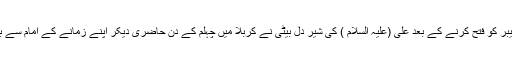
شام کے اعتقادی خیبر کو فتح کرنے کے بعد علی (علیہ السلام ) کی شیر دل بیٹی نے کربلا میں چہلم کے دن حاضری دیکر اپنے زمانے کے امام سے بیعت کی تجدید کی۔